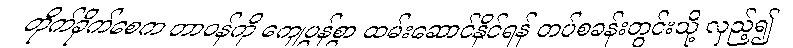
တိုက်ခိုက်စေက တာဝန်ကို ကျေပွန်စွာ ထမ်းဆောင်နိုင်ရန် တပ်စခန်းတွင်းသို့ လှည့်၍